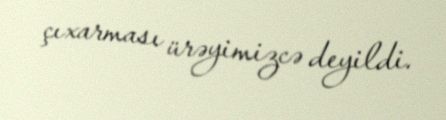
çıxarması ürəyimizcə deyildi.